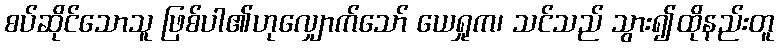
စပ်ဆိုင်သောသူ ဖြစ်ပါ၏ဟုလျှောက်သော် ယေရှုက၊ သင်သည် သွား၍ထိုနည်းတူ